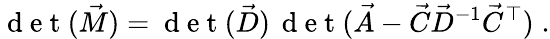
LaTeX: \mathrm{~d~e~t~}(\vec{M})=\mathrm{~d~e~t~}(\vec{D})\, \mathrm{~d~e~t~}(\vec{A}-\vec{C}\vec{D}^{-1}\vec{C}^{\top})\; .